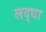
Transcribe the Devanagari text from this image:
लद्धा